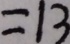
= 1 3